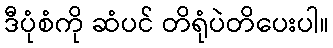
ဒီပုံစံကို ဆံပင် တိရုံပဲတိပေးပါ။